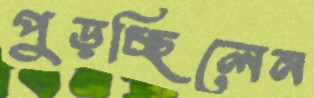
পুড়চ্ছিলেন